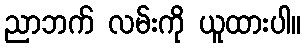
ညာဘက် လမ်းကို ယူထားပါ။